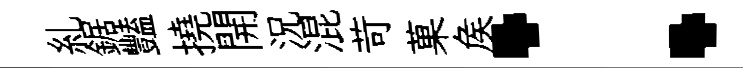
糺鋸豔撓開況混苛菓矦：